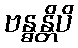
ဗန္ဓန္တိပိ